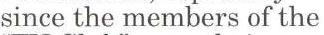
since the members of the